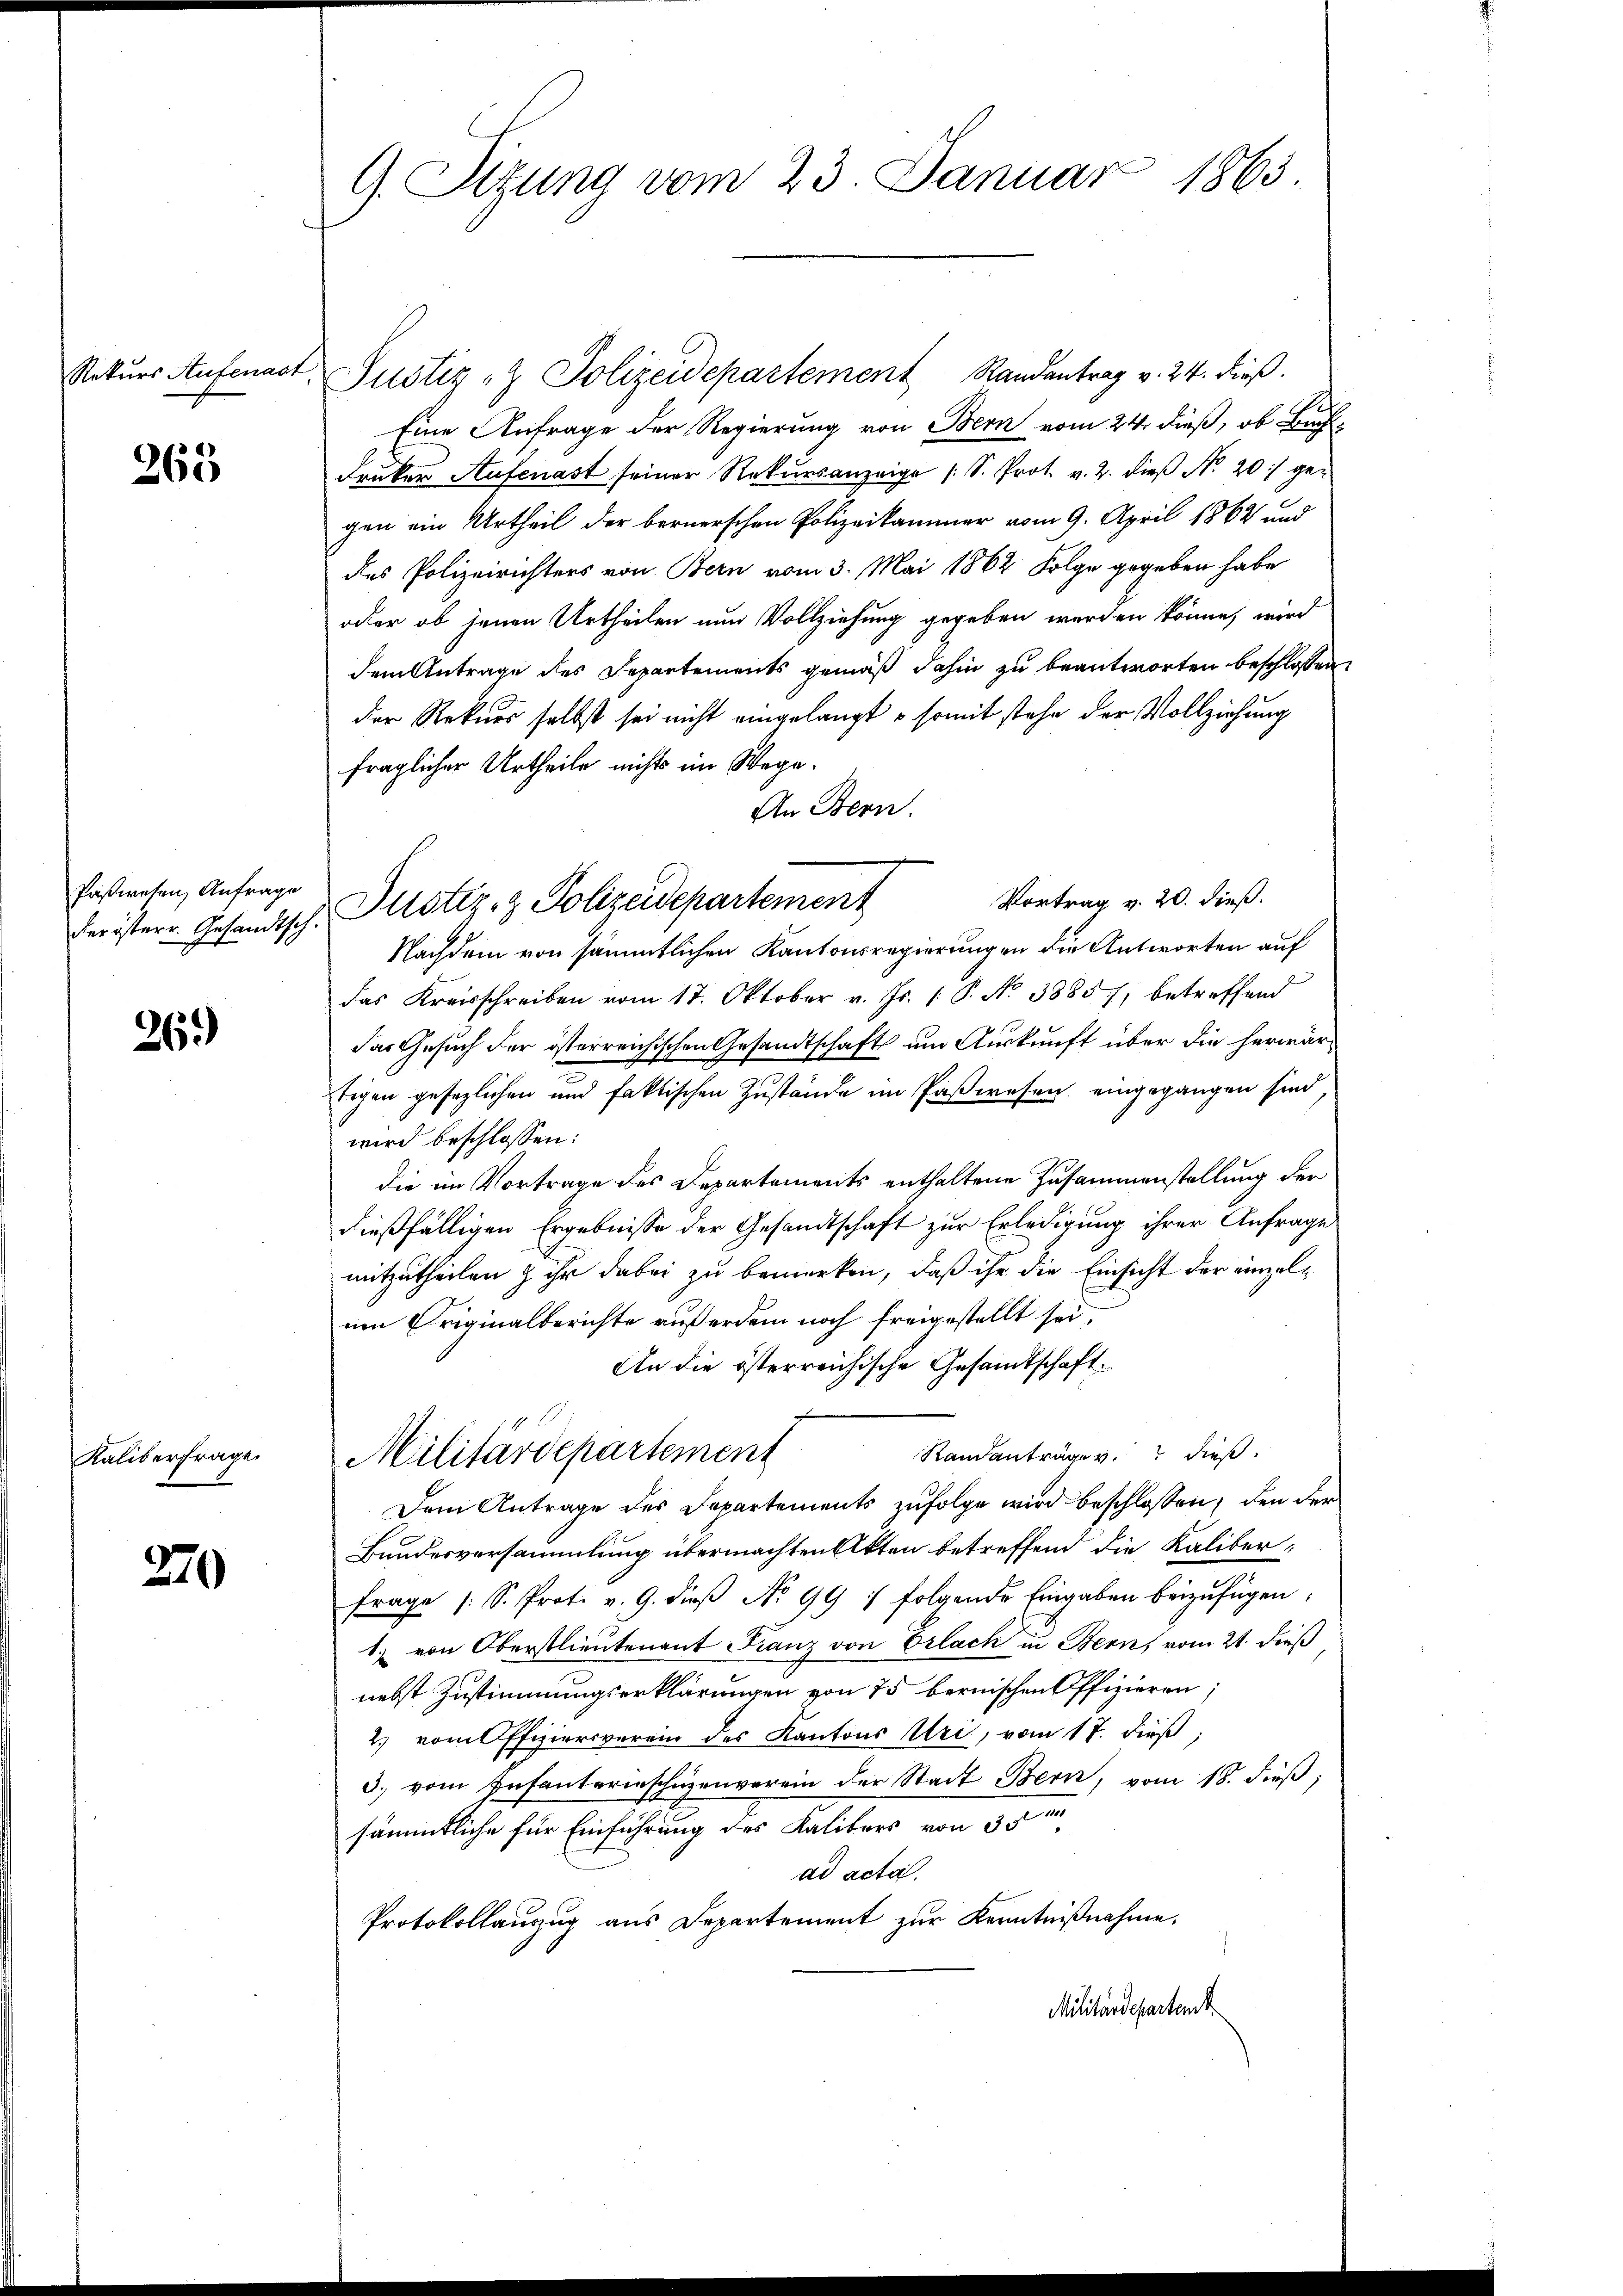
Rekurs Aufenast

265

Paßwesen, Anfrage
der österr. Gesandtsch.

26.)

Kaliberfrage

370

G. Sitzung vom 23. Januar 1863.

Justiz- & Polizeidepartement Randantrag v. 24. dieß.
S
Eine Anfrage der Regierung von Bern vom 24. dieß, ob Bach¬
Druker Aufenast seiner Rekŭrsanzeige (S. Prot. v. 2. dieβ No. 20 gegen ein Urtheil der bernerschen Polizeikammer vom 9. April 1862 und
des Polizeirichters von Bern vom 3. Mai 1862 Folge gegeben habe
oder ob jenen Urtheilen nun Vollziehung gegeben werden könne, wird
dem Antrage des Separtements gemäß dahin zu beantworten beschlossen
der Rekurs selbst sei nicht eingelangt – somit stehe der Vollziehung
fraglicher Urtheile nichts im Wege.
An Bern.
Vortrag v. 20. dieß.
Justiz- & Polizeidepartement
Nachdem von sämmtlichen Kantonsregierungen die Antworten auf
das Kreisschreiben vom 17. Oktober v. Js. (: P. No 38857, betreffend
das Gesuch der österreichischen Gesandtschaft um Auskunft über die herwärtigen gesezlichen und faktischen Zustände im Paßwesen, eingegangen sind
wird beschlossen:
die im Vortrage des Departements enthaltene Zusammenstellung der
dießfälligen Ergebnisse der Gesandtschaft zur Erledigung ihrer Anfrage
mitzutheilen & ihr dabei zu bemerken, daß ihr die Einsicht der einzelnen Originalberichte außerdem noch freigestellt sei,
An die österreichische Gesamtschaft.
Randanträge v. dieß.
Militärdepartement
Dem Antrage des Departements zufolge wird beschlossen, den der
Bundesversammlung übermachten Akten betreffend die Kaliter-
frage /: S. Prot. v. 9. dieβ No 99 : folgende Eingaben beizufügen:
1. von Oberstlieutenant Franz von Erlach in Bern, vom 21. dieß
nebst Zustimmungserklärungen von 75 bernischen Offizieren;
2) vom Offiziersverein des Kantons Uri, vom 17. dieß;
3. vom Infanterieschüzenverein der Stadt Bern, vom 18. dieß,
sämmtliche für Einführung des Kalitärs von 35
ad acta.
Protokollanzug aus Departement zur Kenntnißnahme.
Militärdepartent